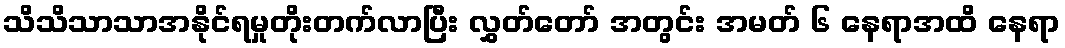
သိသိသာသာအနိုင်ရမှုတိုးတက်လာပြီး လွှတ်တော် အတွင်း အမတ် ၆ နေရာအထိ နေရာ